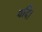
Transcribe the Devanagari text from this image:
यदि।